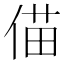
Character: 㑤